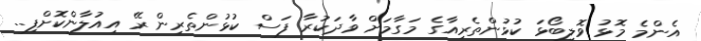
އެންމެ މޮޅު ވޮލީބޯޅަ ކުޅުންތެރިއާގެ މަގާމަށް ވާދަކުރާ ފަސް ކުޅުންތެރިން ރޭ އިއުލާންކޮށްފި..